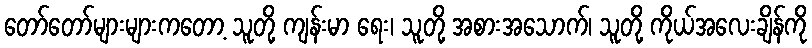
တော်တော်များများကတော့ သူတို့ ကျန်းမာ ရေး၊ သူတို့ အစားအသောက်၊ သူတို့ ကိုယ်အလေးချိန်ကို